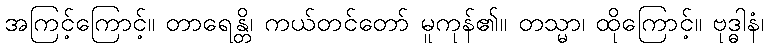
အကြင့်ကြောင့်။ တာရေန္တိ၊ ကယ်တင်တော် မူကုန်၏။ တသ္မာ၊ ထိုကြောင့်။ ဗုဒ္ဓါနံ၊